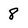
Character: 8